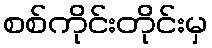
စစ်ကိုင်းတိုင်းမှ